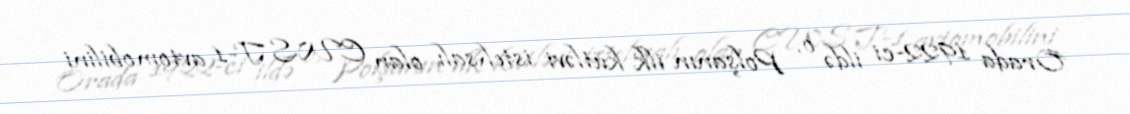
Orada 1922-ci ildə o, Polşanın ilk kütləvi istehsalı olan CWS T-1 avtomobilini